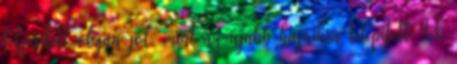
teljesített olyan jól, mint az újabb hajóikra telepített 4,6